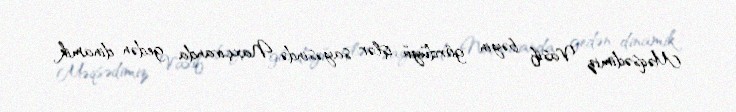
Məqsədimiz Vasif bəyin gördüyü işlər sayəsində Naxçıvanda gedən dinamik